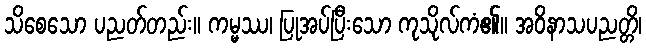
သိစေသော ပညတ်တည်း။ ကမ္မဿ၊ ပြုအပ်ပြီးသော ကုသိုလ်ကံ၏။ အဝိနာသပညတ္တိ၊